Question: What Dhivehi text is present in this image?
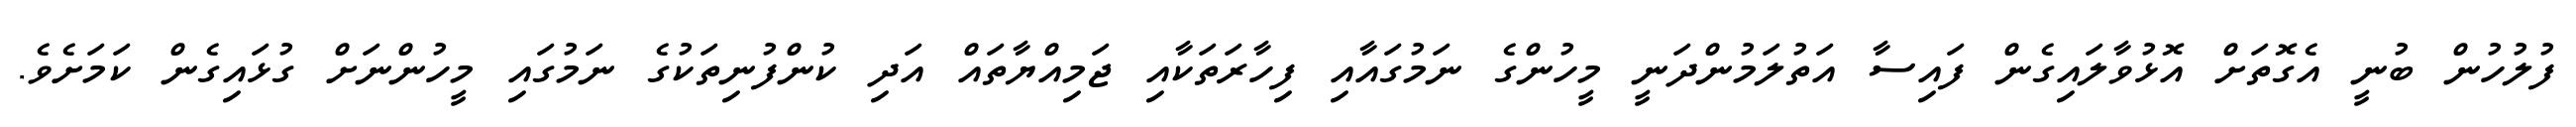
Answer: ފުލުހުން ބުނީ އެގޮތަށް އޮޅުވާލައިގެން ފައިސާ އަތުލަމުންދަނީ މީހުންގެ ނަމުގައާއި ފިހާރަތަކާއި ޖަމިއްޔާތައް އަދި ކުންފުނިތަކުގެ ނަމުގައި މީހުންނަށް ގުޅައިގެން ކަމަށެވެ.